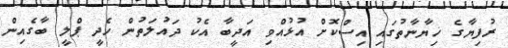
ރުފިޔާގެ ޚިޔާނާތުގައި އިސްކޮށް އުޅުއްވި އަދީބާ އެކު ދައުލަތުން ހެދީ ޕްލީ ބާގެއިން